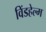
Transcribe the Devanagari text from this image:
विंडहेल्म